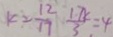
K 2 = \frac { 1 2 } { 1 7 } \frac { 1 7 K } { 3 } = 4